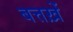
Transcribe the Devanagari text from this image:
बत्तख़ें